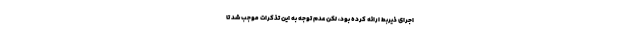
اجرای ذیربط ارائه کرده بود، لکن عدم توجه به این تذکرات موجب شد تا